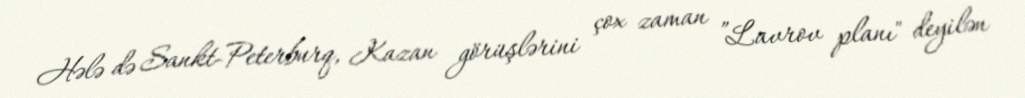
Hələ də Sankt-Peterburq, Kazan görüşlərini çox zaman ”Lavrov planı" deyilən